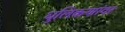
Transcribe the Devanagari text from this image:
धुलिकणांवर